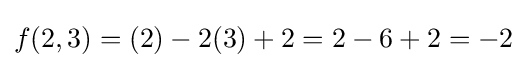
f(2,3)=(2)-2(3)+2=2-6+2=-2